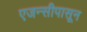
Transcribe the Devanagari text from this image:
एजन्सीपासून